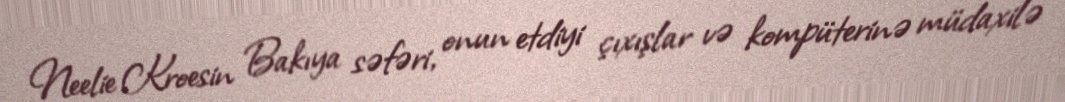
Neelie Kroesin Bakıya səfəri, onun etdiyi çıxışlar və kompüterinə müdaxilə